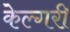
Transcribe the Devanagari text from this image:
केल्गरी